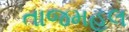
તાજમહલ